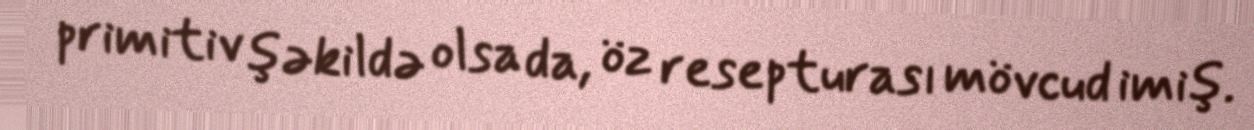
primitiv şəkildə olsa da, öz resepturası mövcud imiş.